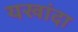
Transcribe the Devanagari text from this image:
यखांदा